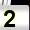
Digit: 2